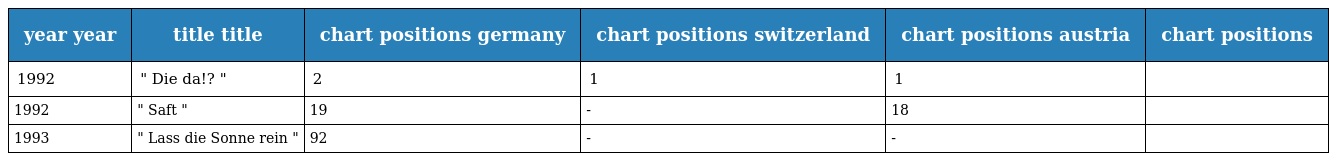
| year year | title title | chart positions germany | chart positions switzerland | chart positions austria | chart positions |
 | --- | --- | --- | --- | --- | --- |
 | 1992 | " Die da!? " | 2 | 1 | 1 |  |
 | 1992 | " Saft " | 19 | - | 18 |  |
 | 1993 | " Lass die Sonne rein " | 92 | - | - |  |